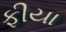
ફીયા